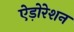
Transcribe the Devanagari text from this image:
ऐड़ोरेशन